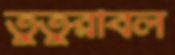
তুতুরবিল